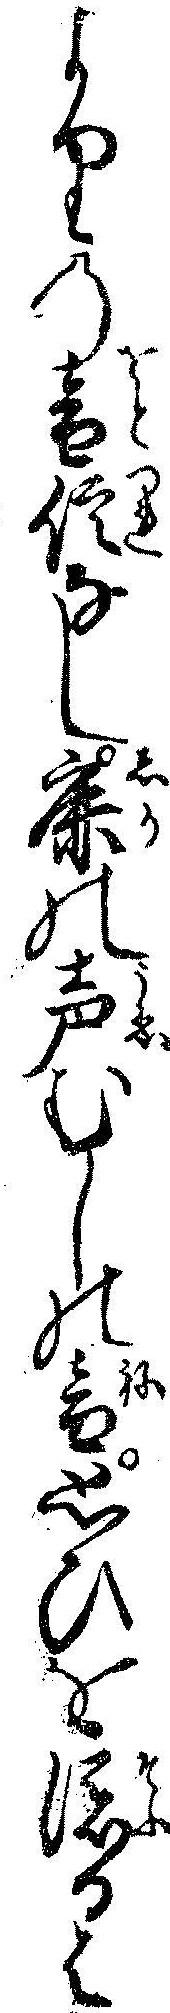
よりの音信なし鹿の声むしの音思ひを添るは